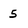
Character: 5